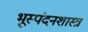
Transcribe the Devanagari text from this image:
भूस्पंदनशास्त्र